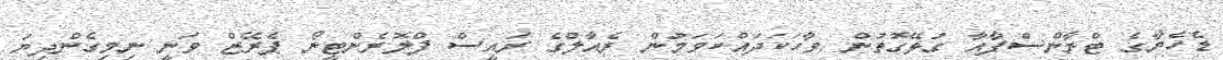
ޑެހެޔާގެ ޓްރާންސްފާއާ ގުޅޭގޮތުން ވާހަކަދައްކަވަމުން ރެއާލްގެ ރައީސް ފްލޮރެންޓީނޯ ޕެރޭޒް ވަނީ ނިމިގެންދިޔަ